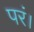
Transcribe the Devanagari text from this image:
परं।